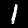
Digit: 1